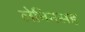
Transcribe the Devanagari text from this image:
लेनिनसह